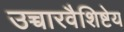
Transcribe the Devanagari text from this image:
उच्चारवैशिष्टेय